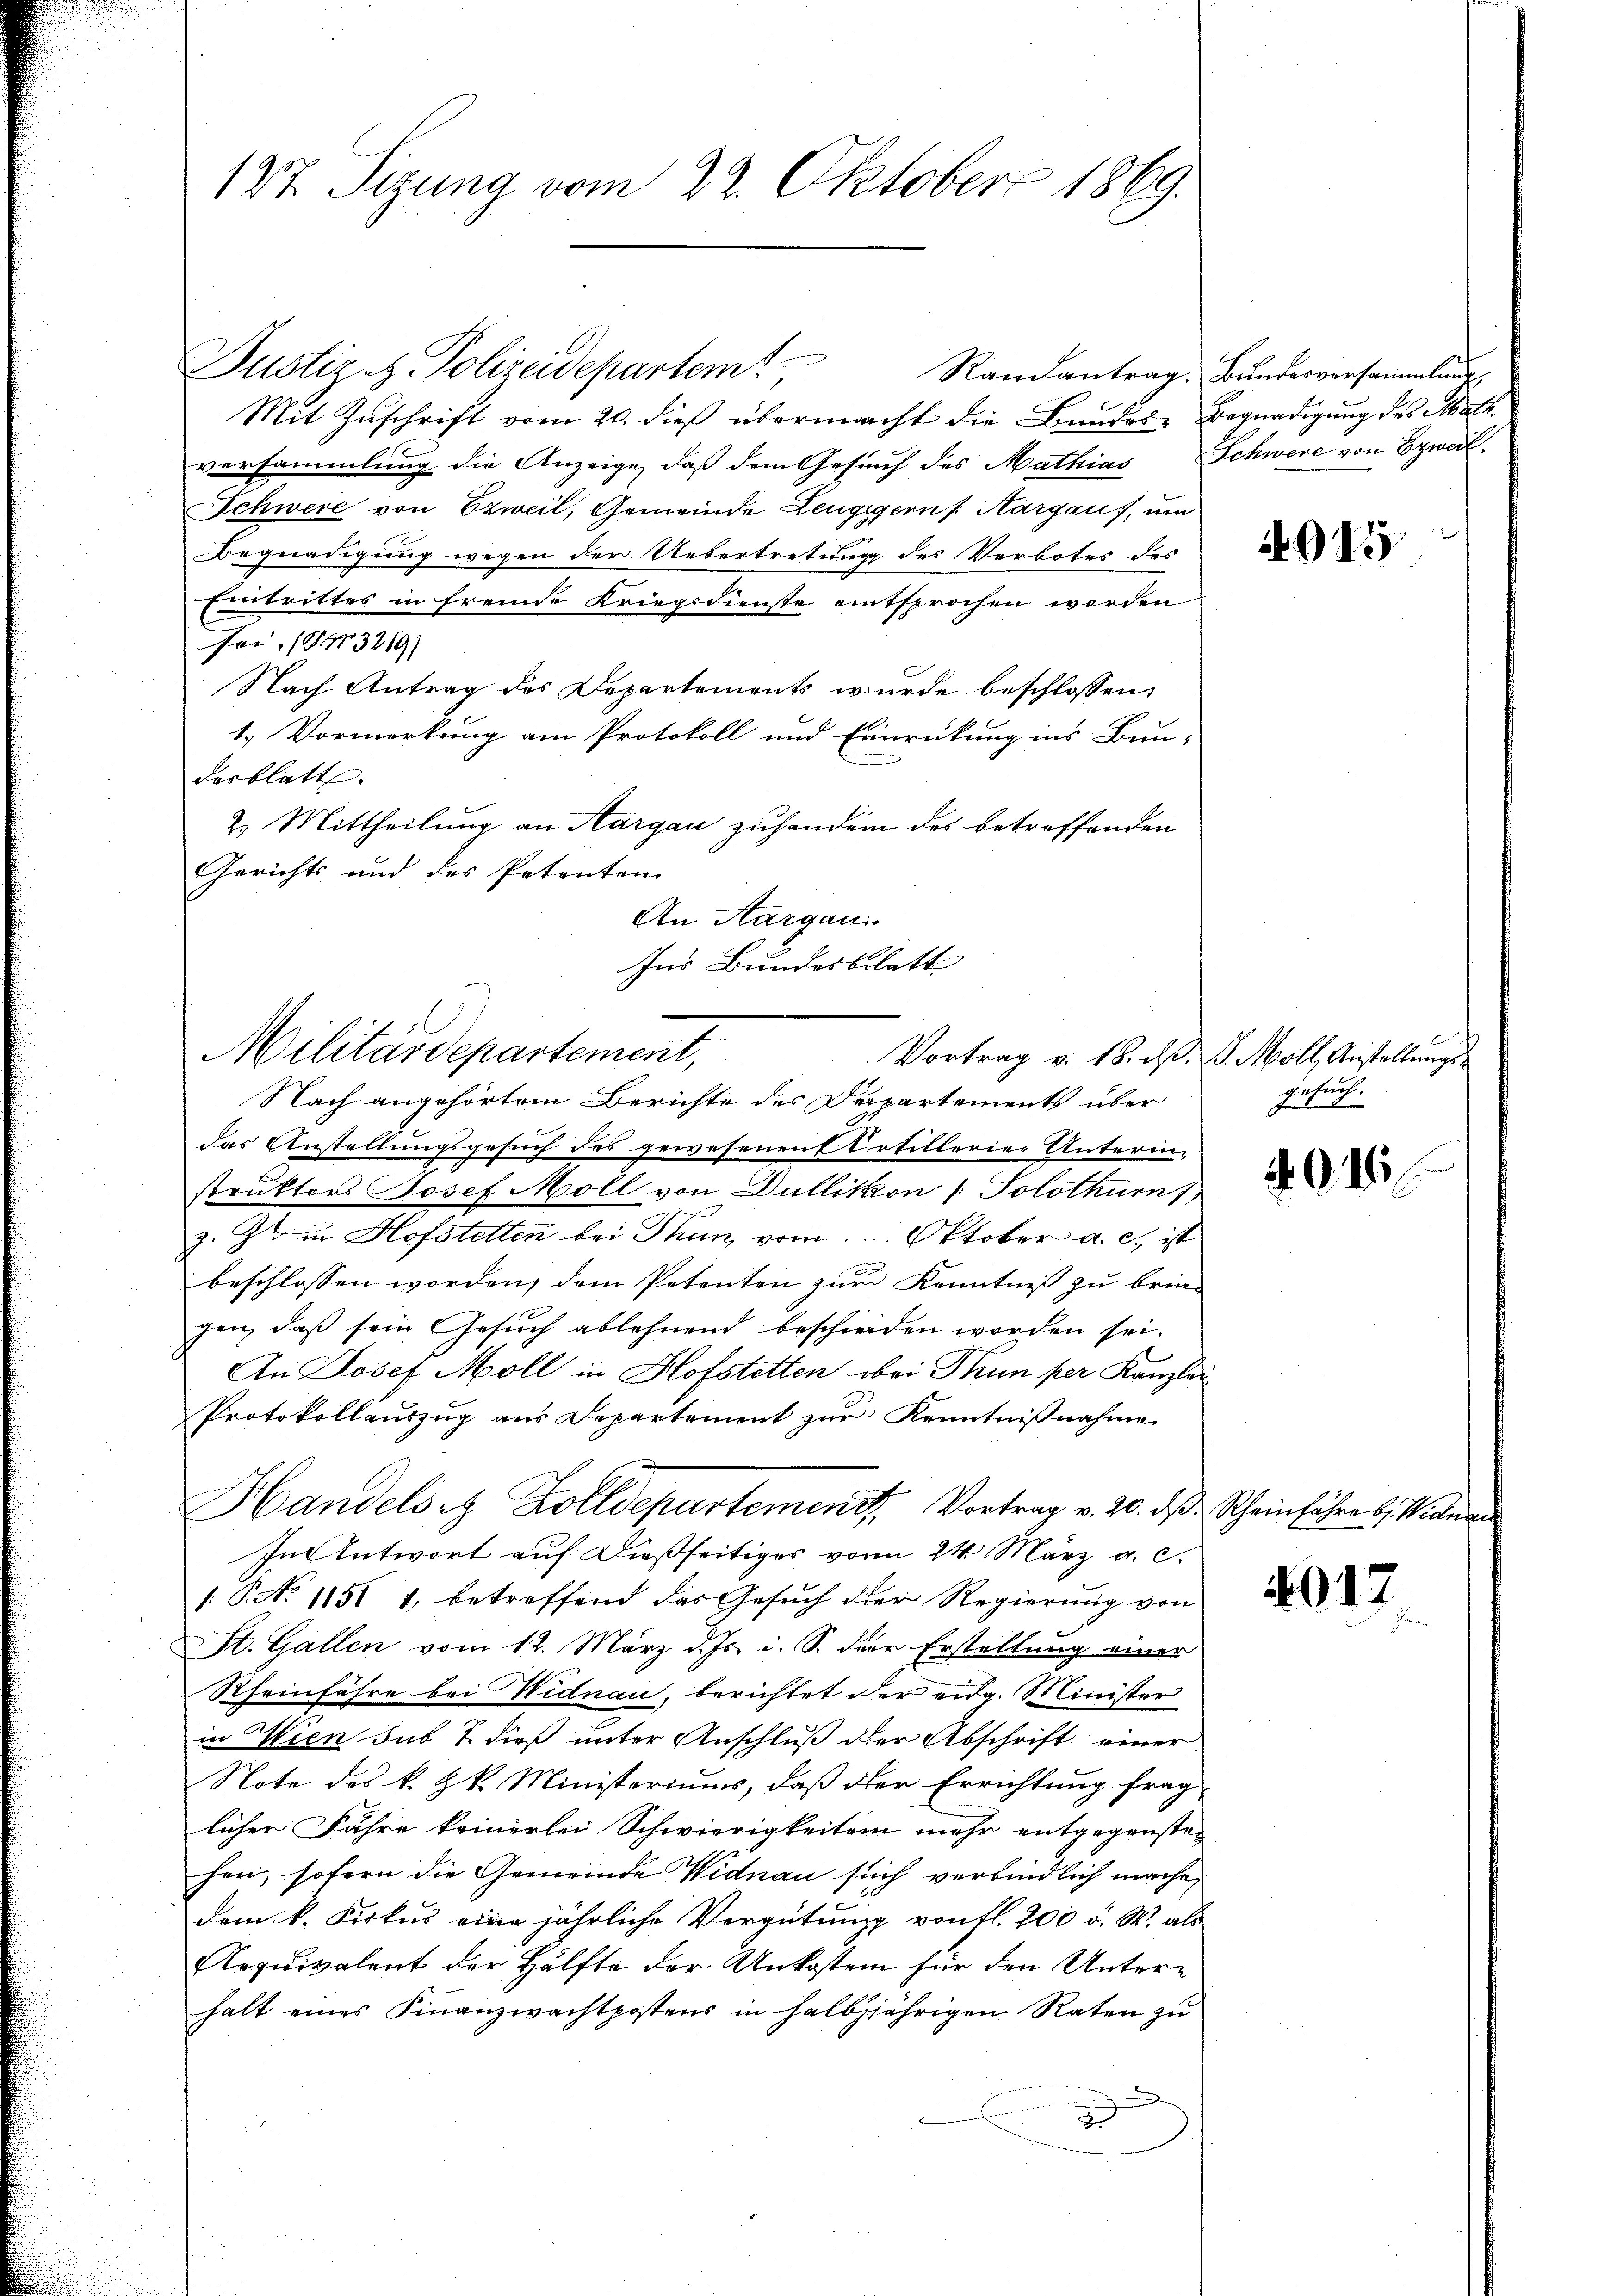
127. Sizung vom 22. Oktober 1869.

Justiz- & Polizeidepartem Randantrag. Bŭndesversammlung
Mit Zuschrift vom 20. dieß übermacht die Bundes- Begnadigung des Math.
versammlung die Anzeige, daß dem Gesuch des Mathias Schwere von Erweil
Schwere von Ezweil, Gemeinde Leugigern /: Aargaus, und
Begnadigung wegen der Uebertretung des Verbotes des
Eintrittes in fremde Kriegsdienste entsprochen worden
Foi 1913219)
Nach Antrag des Departements wurde beschlossen,
1.) Vormerkung am Protokoll und Einwückung ins Bun-
desblatt.
2. Mittheilung an Aargau zuhanden des betreffenden
Gerichts und des Petenten
An Aargaui
Nach angehörtem Berichte des Departements über
das Anstellungsgesuch des gewesenen Artillerier Unterin-
struktors Josef Moll von Dullikon ( Solothurn,
z. Z. in Hofstetten bei Thun, vom 1. Oktober a. c., ist
beschlossen worden, dem Petenten zur Kenntniß zu brin-
gen, daß sein Gesuch ablehnend beschieden worden sei.
An Josef Moll in Hofstetten bei Thun per Kanzlei
Protokollauszug aus Departement zur Kenntnißnahme
Handelst Zolldepartement. Vortrag v. 20. ds Scheinfahre 6. Wieder
In Antwort auf dießseitiges von 24. März a. c.
/: P. No. 1851 1, betreffend das Gesuch der Regierung von
St. Gallen vom 12. März d. Js. i. S. der Erstellung einer
Rheinfahre bei Widnau, berichtet der eidg. Minister
in Wien sub & dieß unter Anschluß der Abschrift einer
Note des k. k. Ministeriums, daß der Errichtung frag-
licher Fahre keinerlei Schwierigkeiten mehr entgegenste-
hen, sofern die Gemeinde Widnau sich verbindlich mache,
dem k. Kirkes eine jährliche Vergütung von fl. 200 u. S. als
Aequivalent der Hälfte der Unkosten für den Unterhalt eines Finanzwachtpostens in halbjjährigen Raten zu
d

Militärdepartement,

Ins Bundesblatt
Vortrag v. 18. d. J. Moll, Anstellungs¬

4915

Ersuch.

91

4017